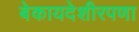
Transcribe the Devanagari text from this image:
बेकायदेशीरपणा